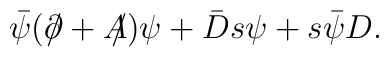
\bar \psi (\partial\!\!\!\slash+ A\!\!\!\slash)\psi+\bar Ds\psi+s\bar \psi D.